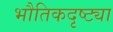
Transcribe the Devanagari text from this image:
भौतिकदृष्ट्या